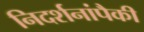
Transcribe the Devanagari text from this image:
निदर्शनांपैकी